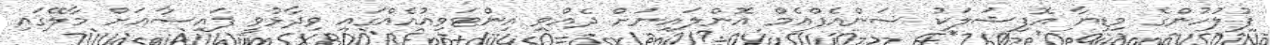
ފުލުހުންގެ މިޑިޔާ އޮފިޝަލަކު ސަންއެފްއެމް އޮންލައިނަށް ދެއްވި އިންޓަވިއުއެއްގައި ވިދާޅުވީ ފައިސާއަށް މާލޭގައި